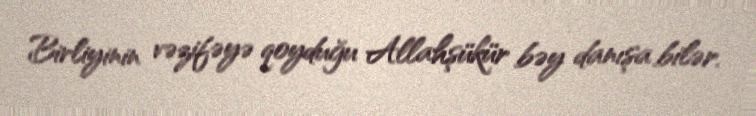
Birliyinin vəzifəyə qoyduğu Allahşükür bəy danışa bilər.